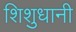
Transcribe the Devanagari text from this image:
शिशुधानी